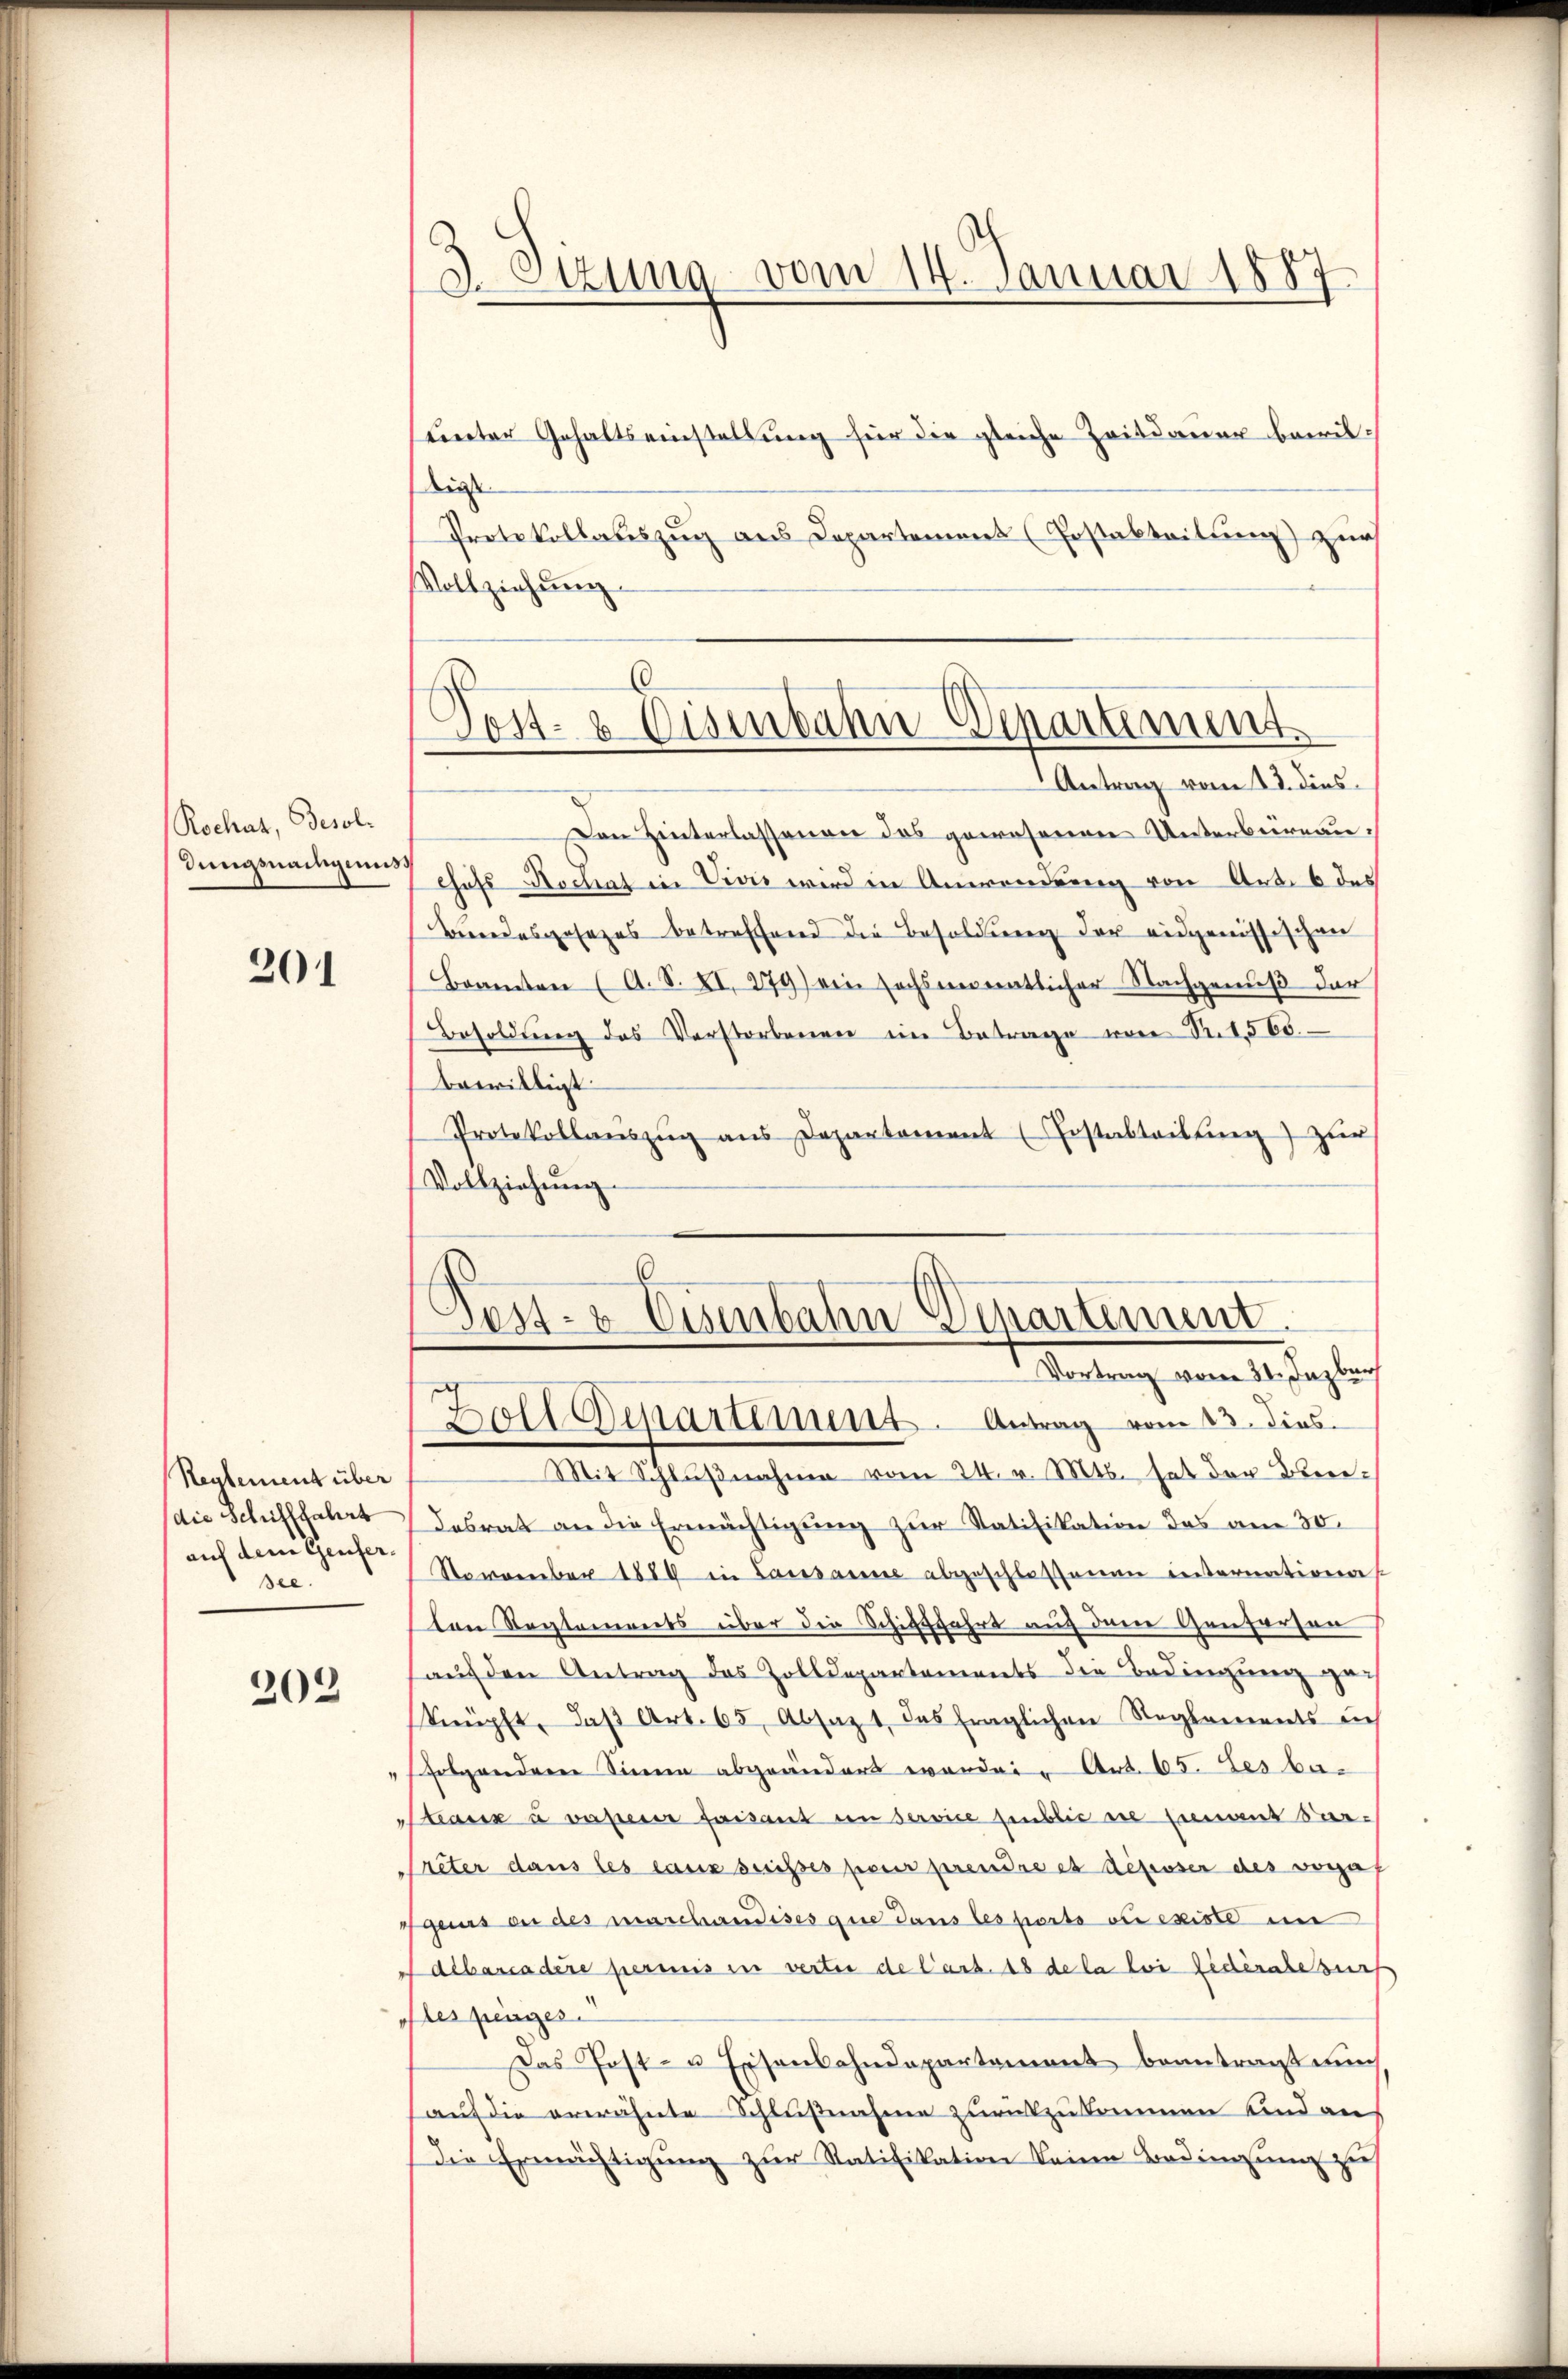
Rochas, Besol¬
Jungsnachgenuss

201

Reglement über
auf dem Genfersee.

202

3 Sizung vom 14. Januar 1887

sunter Gehaltseinstellung für die gleiche Zeitdauer bemülige
Protokollauszug aus Departement (Postabteilung zur
Vollziehung.
Den Hinterlassenen das gewesenen Unterbüreau¬
Chef Hochat in Vivis wird in Anwendung von Art. 6 des
Bundesgesetzes betreffend die Besoldung der eidgenössischen
Beamten (A. S. XI. 279) ein sechsmonatlicher Nachgenuß der
Besoldŭng des Verstorbenen im Betrage von Nr. 1565.
bewilligt
Protokollaŭszŭg ans Departement Erstabteilung) zur
Vollziehŭng.

Post- & Eisenbahn-Departement
Antrag vom 13. dies

Pess. v. Eisenbahn Departement
altung vom 1. Jung der
Zoll Distartimuns. Antrag vom 13. dies

Mit Schlŭβnahme vom 24. v. Mts. hat der Benedie Schifffahrt desrat an die Ermächtigŭng zŭr Ratifikation das am 30.
November 1889 in Lausannes abgeschlossenen internations
ton Septements über die Schifffahrt auf dem Genfersen
sauf den Antrag des Zolldepartements die Bedingung zu-
knüpft, daβ Art. 65, Absatz 1 das fraglichen Reglements auf
folgenderen Sinne abgeändert worden. Art. 65. des be¬
Meaux à vaperer faisant in service sublic in einanz Bar-
Preter dans les eaux suisses pour prendre et defuser des vorhaf
gens an des marchandises que dans les ports ou existe in
albarcadire permis in vertei de Cart. 18 de la loi Eiderate surs
oles peiges.
Das Post- u Eisenbahndepartement beantragt nun
auf die erwähnte Schlußnahme zurückzukommen und au
Die Ermächtigung zur Ratifikation keine Bedingung zu